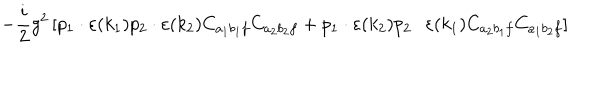
LaTeX: - \frac { i } { 2 } g ^ { 2 } \left[ p _ { 1 } \cdot \varepsilon ( k _ { 1 } ) p _ { 2 } \cdot \varepsilon ( k _ { 2 } ) C _ { a _ { 1 } b _ { 1 } f } C _ { a _ { 2 } b _ { 2 } f } + p _ { 1 } \cdot \varepsilon ( k _ { 2 } ) p _ { 2 } \cdot \varepsilon ( k _ { 1 } ) C _ { a _ { 2 } b _ { 1 } f } C _ { a _ { 1 } b _ { 2 } f } \right] \,